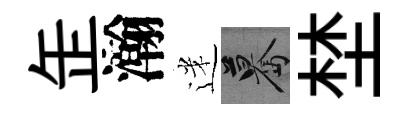
𦈢瀚迷驀埜